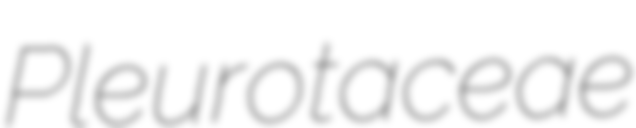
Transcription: Pleurotaceae